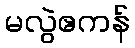
မလွဲဧကန်